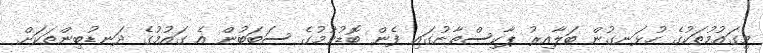
މިގައުމުތަކުގެ ހުޅަނގުން ބަލާއިރު ޕާކިސްތާނުގައި ފެން ބޮޑުވުމުގެ ސަބަބުން އެ ގައުމުގެ ދަނޑުބިންތަކަށް